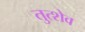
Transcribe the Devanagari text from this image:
तुत्शेव